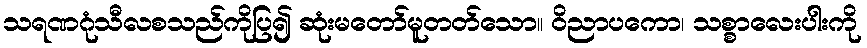
သရဏဂုံသီလစသည်ကိုပြ၍ ဆုံးမတော်မူတတ်သော။ ဝိညာပကော၊ သစ္စာလေးပါးကို